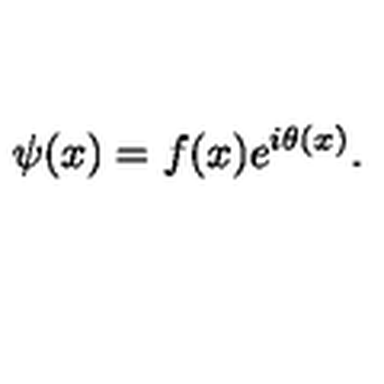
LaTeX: \psi ( x ) = f ( x ) e ^ { i \theta ( x ) } .